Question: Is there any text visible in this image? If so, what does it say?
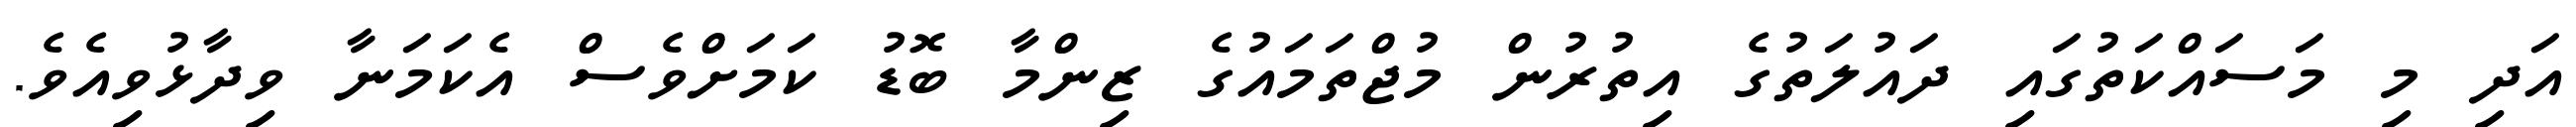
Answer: އަދި މި މަސައްކަތުގައި ދައުލަތުގެ އިތުރުން މުޖްތަމައުގެ ޒިންމާ ބޮޑު ކަމަށްވެސް އެކަމަނާ ވިދާޅުވިއެވެ.